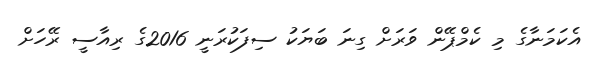
އެކަމަނާގެ މި ކެމްޕޭން ވަރަށް ގިނަ ބަޔަކު ސިފަކުރަނީ 2016ގެ ރިއާސީ ރޭހަށް